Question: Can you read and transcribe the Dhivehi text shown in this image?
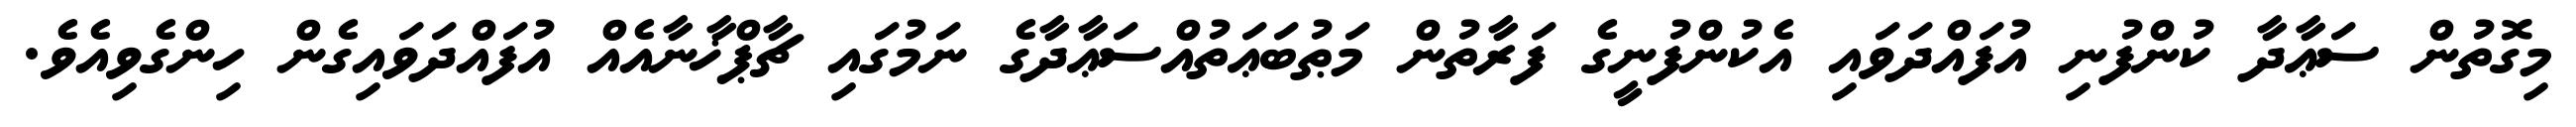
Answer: މިގޮތުން ސަޢާދާ ކުންފުނި އުފައްދަވައި އެކުންފުނީގެ ފަރާތުން މަޠުބަޢަތުއްސަޢާދާގެ ނަމުގައި ޗާޕްޚާނާއެއް އުފައްދަވައިގެން ހިންގެވިއެވެ.